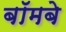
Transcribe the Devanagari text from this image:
बॉमबे